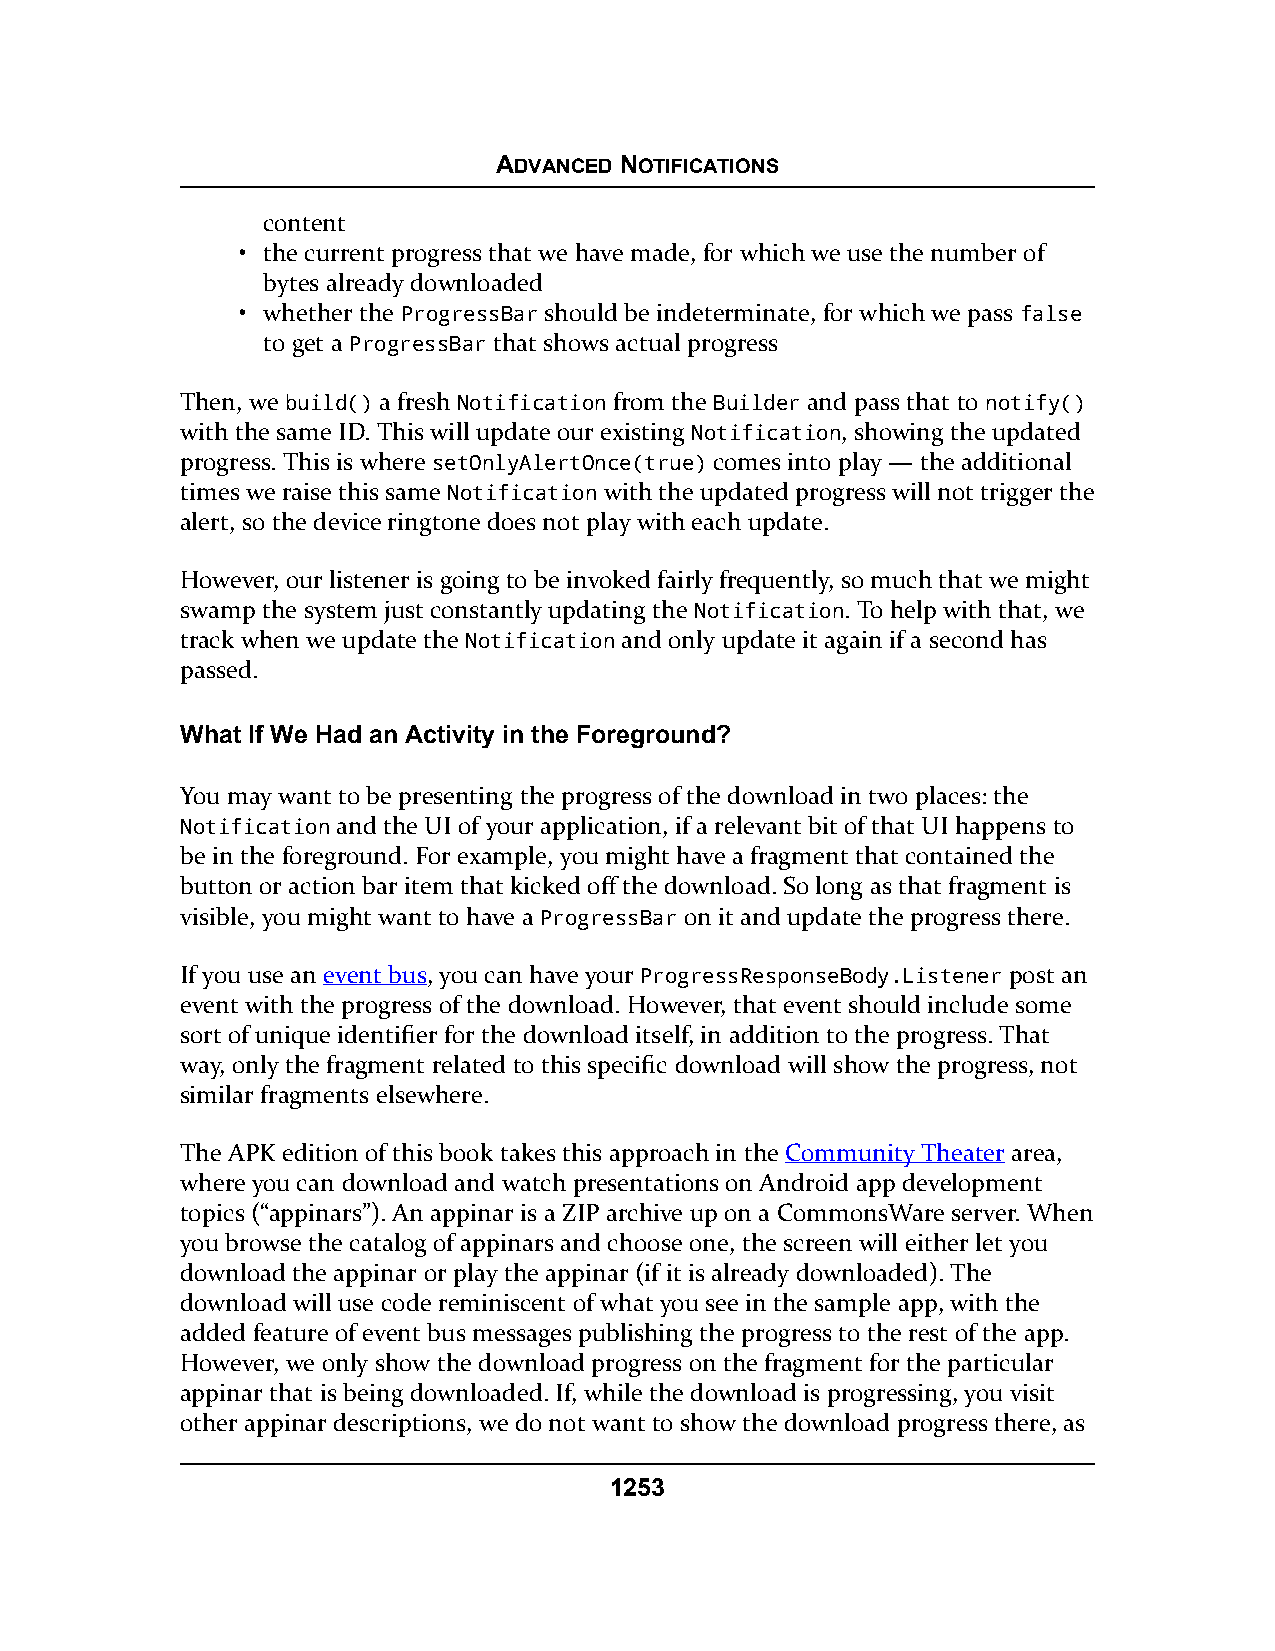
ADVANCED NOTIFICATIONS
 content
 • the current progress that we have made, for which we use the number of
 bytes already downloaded
 • whether the ProgressBar should be indeterminate, for which we pass false
 to get a ProgressBar that shows actual progress
 Then, we build() a fresh Notification from the Builder and pass that to notify()
 with the same ID. This will update our existing Notification, showing the updated
 progress. This is where setOnlyAlertOnce(true) comes into play — the additional
 times we raise this same Notification with the updated progress will not trigger the
 alert, so the device ringtone does not play with each update.
 However, our listener is going to be invoked fairly frequently, so much that we might
 swamp the system just constantly updating the Notification. To help with that, we
 track when we update the Notification and only update it again if a second has
 passed.
 What If We Had an Activity in the Foreground?
 You may want to be presenting the progress of the download in two places: the
 Notification and the UI of your application, if a relevant bit of that UI happens to
 be in the foreground. For example, you might have a fragment that contained the
 button or action bar item that kicked off the download. So long as that fragment is
 visible, you might want to have a ProgressBar on it and update the progress there.
 If you use an event bus, you can have your ProgressResponseBody.Listener post an
 event with the progress of the download. However, that event should include some
 sort of unique identifier for the download itself, in addition to the progress. That
 way, only the fragment related to this specific download will show the progress, not
 similar fragments elsewhere.
 The APK edition of this book takes this approach in the Community Theater area,
 where you can download and watch presentations on Android app development
 topics (“appinars”). An appinar is a ZIP archive up on a CommonsWare server. When
 you browse the catalog of appinars and choose one, the screen will either let you
 download the appinar or play the appinar (if it is already downloaded). The
 download will use code reminiscent of what you see in the sample app, with the
 added feature of event bus messages publishing the progress to the rest of the app.
 However, we only show the download progress on the fragment for the particular
 appinar that is being downloaded. If, while the download is progressing, you visit
 other appinar descriptions, we do not want to show the download progress there, as
 1253